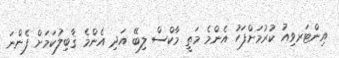
އިންޓަރވިއު ކުރުމަށްފަހު އެންމެ މަތީ މާކްސް ލިބޭ އަދި އެންމެ ޤާބިލުކަމަށް ފެންނަ